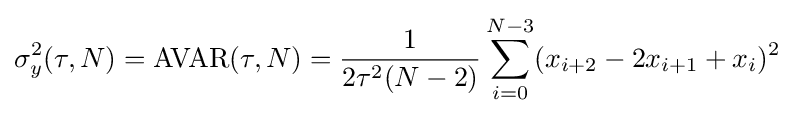
\sigma _{y}^{2}(\tau ,N)=\operatorname {AVAR} (\tau ,N)={\frac {1}{2\tau ^{2}(N-2)}}\sum _{i=0}^{N-3}(x_{i+2}-2x_{i+1}+x_{i})^{2}